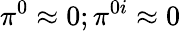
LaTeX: \pi^{0}\approx 0;\pi^{0i}\approx 0